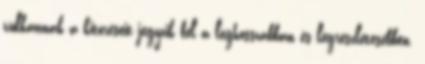
vulkánnak a kitöréseit jegyzik fel a leghosszabban és legrészletesebben.